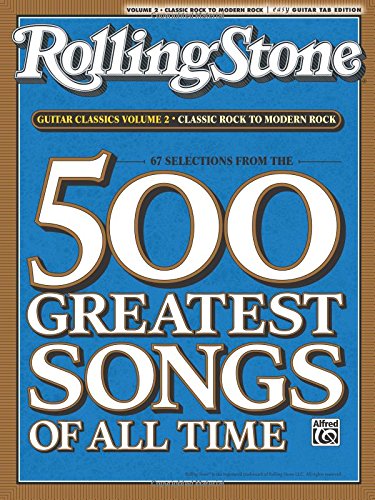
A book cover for Selections from Rolling Stone Magazine's 500 Greatest Songs of All Time: Guitar Classics Volume 2: Classic Rock to Modern Rock (Easy Guitar TAB) (Rolling Stones Classic Guitar); Alfred Publishing; Humor & Entertainment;